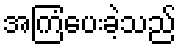
အကြံပေးခဲ့သည်